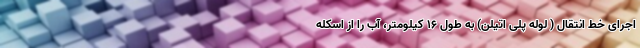
اجرای خط انتقال ( لوله پلی اتیلن) به طول ۱۶ کیلومتر، آب را از اسکله